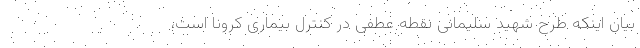
بیان اینکه طرح شهید سلیمانی نقطه عطفی در کنترل بیماری کرونا است،